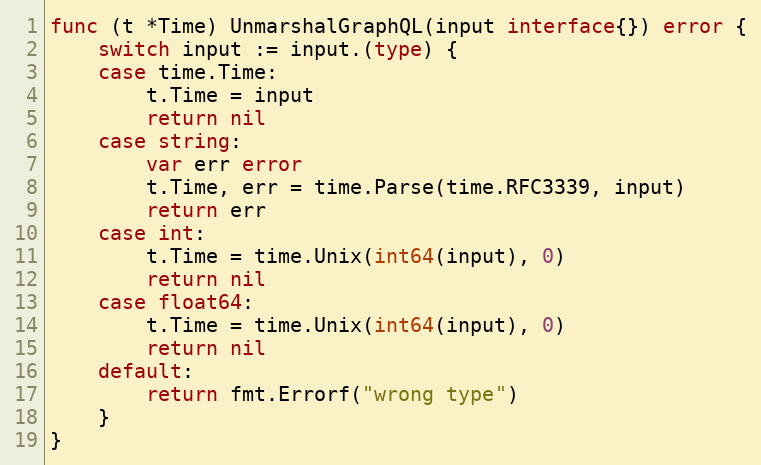
Language: Go
func (t *Time) UnmarshalGraphQL(input interface{}) error {
	switch input := input.(type) {
	case time.Time:
		t.Time = input
		return nil
	case string:
		var err error
		t.Time, err = time.Parse(time.RFC3339, input)
		return err
	case int:
		t.Time = time.Unix(int64(input), 0)
		return nil
	case float64:
		t.Time = time.Unix(int64(input), 0)
		return nil
	default:
		return fmt.Errorf("wrong type")
	}
}